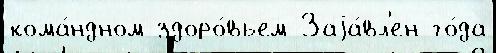
кома́ндном здоро́вьем Заjа́вл'ен го́да